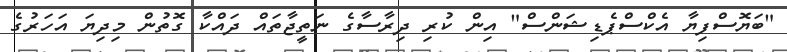
"ބަޔޮސްފިޔާ އެކްސްޕެޑިޝަންސް" އިން ކުރި ދިރާސާގެ ނަތީޖާތައް ދައްކާ ގޮތުން މިދިޔަ އަހަރުގެ